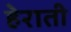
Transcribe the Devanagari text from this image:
हेराती